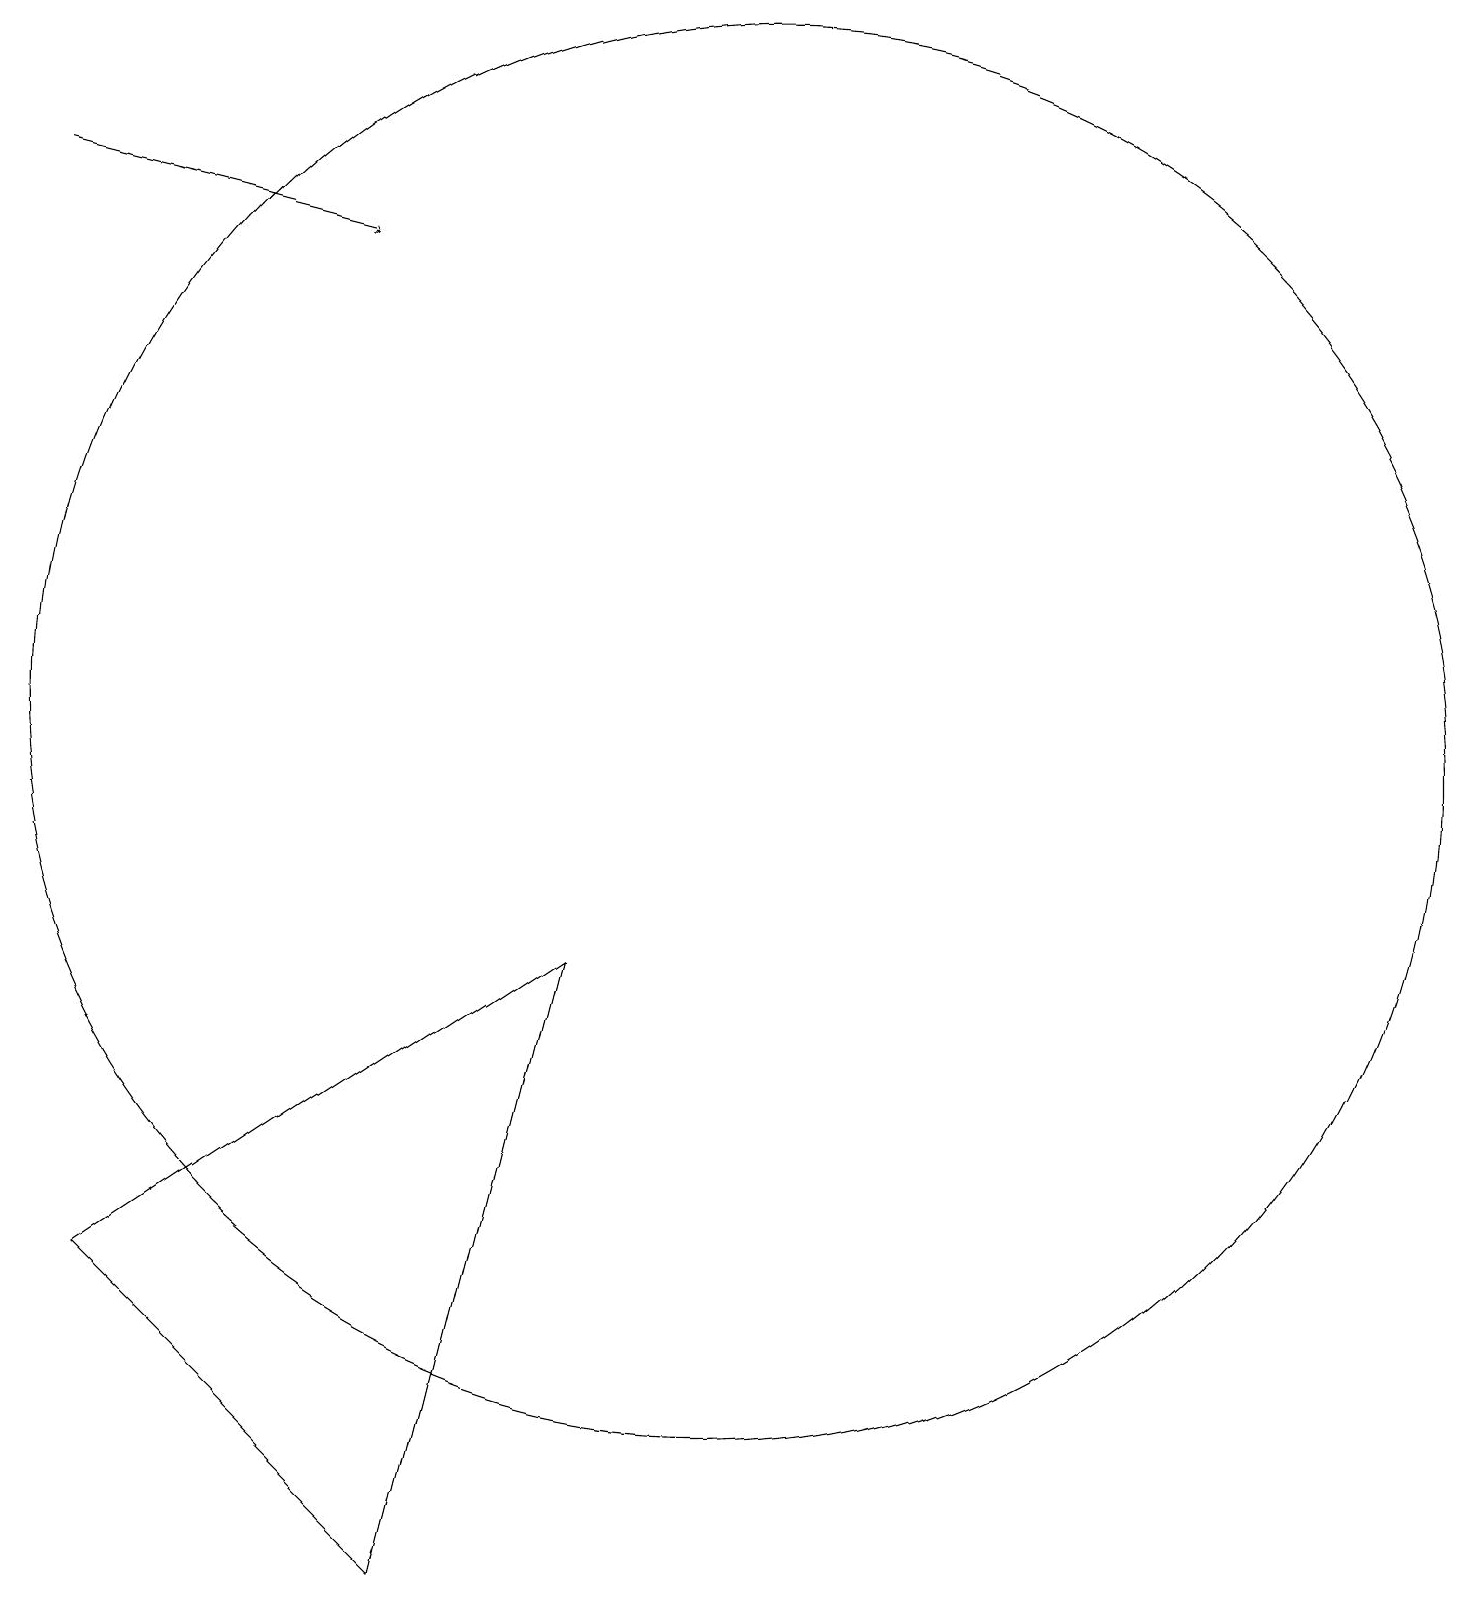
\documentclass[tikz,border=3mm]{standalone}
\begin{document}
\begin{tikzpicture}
\draw[->] (1,19) -- (5,18);
\draw (10,12) circle (9);
\draw (8,9) -- (2,5) -- (6,1) -- cycle;
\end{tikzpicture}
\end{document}